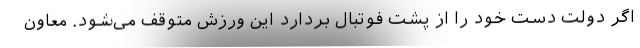
اگر دولت دست خود را از پشت فوتبال بردارد این ورزش متوقف می‌شود. معاون